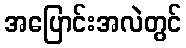
အပြောင်းအလဲတွင်